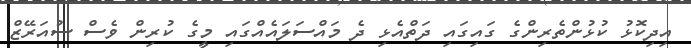
އިދިކޮޅު ކުޅުންތެރިންގެ ގައިގައި ދަތްއެޅި ދެ މައްސަލައެއްގައި މީގެ ކުރިން ވެސް ސުއަރޭޒް